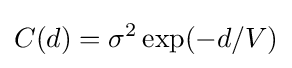
C(d)=\sigma ^{2}\exp(-d/V)